Veterinary regulations India, 1939 -
Year: 1939
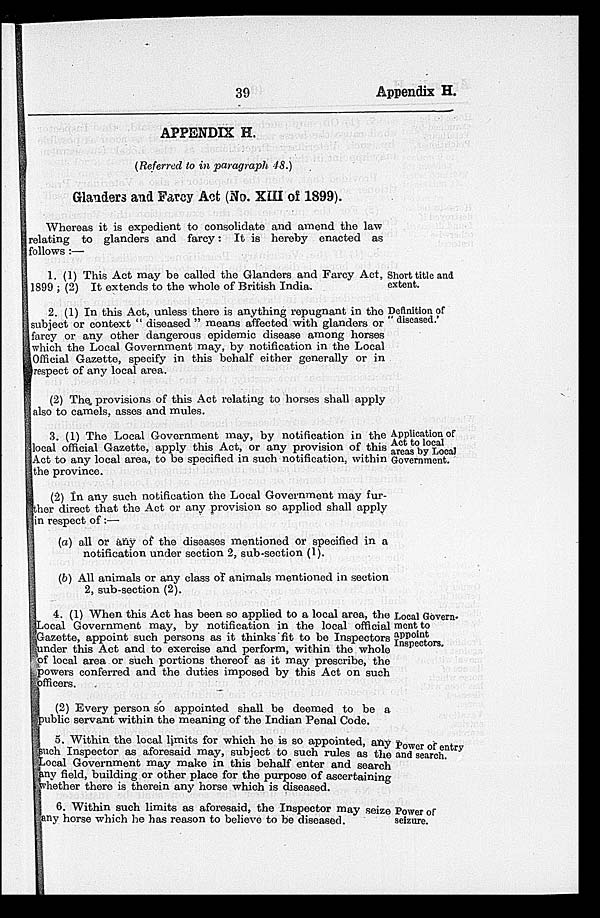
39
Appendix H.
APPENDIX H.
(Referred to in paragraph 48.)
Glanders and Farcy Act (No. XIII of 1899).
Whereas it is expedient to consolidate and amend the law
relating to glanders and farcy: It is hereby enacted as
follows:—
Short title and
extent.
1. (1) This Act may be called the Glanders and Farcy Act,
1899 ; (2) It extends to the whole of British India.
Definition of
" diseased."
2. (1) In this Act, unless there is anything repugnant in the
subject or context " diseased " means affected with glanders or
farcy or any other dangerous epidemic disease among horses
which the Local Government may, by notification in the Local
Official Gazette, specify in this behalf either generally or in
respect of any local area.
(2) The provisions of this Act relating to horses shall apply
also to camels, asses and mules.
Application of
Act to local
areas by Local
Government.
3. (1) The Local Government may, by notification in the
local official Gazette, apply this Act, or any provision of this
Act to any local area, to be specified in such notification, within
the province.
(2) In any such notification the Local Government may fur-
ther direct that the Act or any provision so applied shall apply
in respect of:—
(a) all or any of the diseases mentioned or specified in a
notification under section 2, sub-section (1).
(b) All animals or any class of animals mentioned in section
2, sub-section (2).
Local Govern-
ment to
appoint
Inspectors.
4. (1) When this Act has been so applied to a local area, the
Local Government may, by notification in the local official
Gazette, appoint such persons as it thinks fit to be Inspectors
under this Act and to exercise and perform, within the whole
of local area or such portions thereof as it may prescribe, the
powers conferred and the duties imposed by this Act on such
officers.
(2) Every person so appointed shall be deemed to be a
public servant within the meaning of the Indian Penal Code.
Power of entry
and search.
5. Within the local limits for which he is so appointed, any
such Inspector as aforesaid may, subject to such rules as the
Local Government may make in this behalf enter and search
any field, building or other place for the purpose of ascertaining
whether there is therein any horse which is diseased.
Power of
seizure.
6. Within such limits as aforesaid, the Inspector may seize
any horse which he has reason to believe to be diseased.